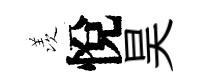
羡悅昊